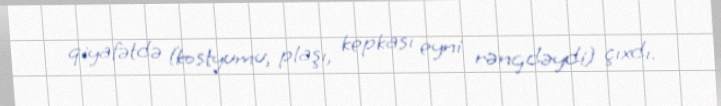
qiyafətdə (kostyumu, plaşı, kepkası eyni rəngdəydi) çıxdı.